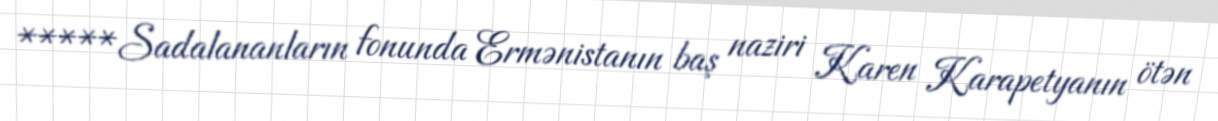
*****Sadalananların fonunda Ermənistanın baş naziri Karen Karapetyanın ötən